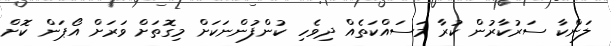
ލަންކާ ސަރުކާރުން ކުރާ މަސައްކަތެއް ދިވެހި ކުންފުންނަކަށް މިގޮތަށް ވަރަށް އޯޕަން ކޮށް